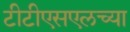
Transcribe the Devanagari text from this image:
टीटीएसएलच्या